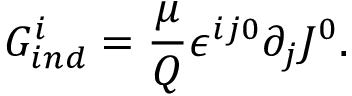
G _ { i n d } ^ { i } = \frac { \mu } { Q } { \epsilon } ^ { i j 0 } \partial _ { j } J ^ { 0 } .